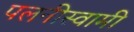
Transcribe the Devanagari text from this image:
पलनीस्वामी